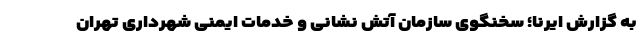
به گزارش ایرنا؛ سخنگوی سازمان آتش نشانی و خدمات ایمنی شهرداری تهران